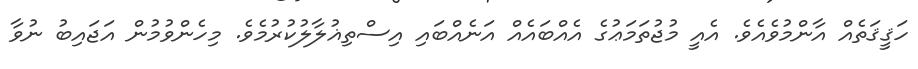
ހަޤީޤަތެއް އާންމުވެއެވެ. އެއީ މުޖުތަމަޢުގެ އެއްބައެއް އަނެއްބައި އިސްތިޣުލާލުކުރުމެވެ. މިހެންވުމުން އަޖައިބު ނުވާ